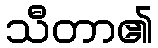
သီတာ၏